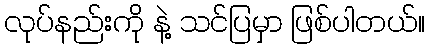
လုပ်နည်းကို နဲ့ သင်ပြမှာ ဖြစ်ပါတယ်။